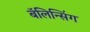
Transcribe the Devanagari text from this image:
बॅलिन्सिंग